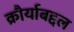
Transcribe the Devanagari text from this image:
क्रौर्याबद्दल